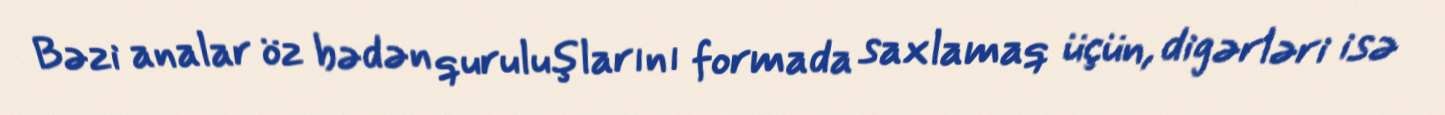
Bəzi analar öz bədən quruluşlarını formada saxlamaq üçün, digərləri isə